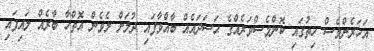
އަހަރެންވެސް ހިތުގައި ކޮންމެސްވަރެއްގެ ޙަސަދައެއް ބާއްވާފައި ދުލަށް ލެވެން އޮތްހާ ބާރެއް ލައިފައި